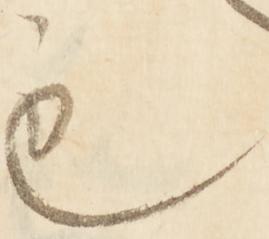
も